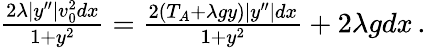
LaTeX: \begin{array}{r}{\frac{2\lambda|y^{\prime\prime}|v_{0}^{2}dx}{1+y^{2}}=\frac{2(T_{A}+\lambda gy)|y^{\prime\prime}|dx}{1+y^{2}}+2\lambda gdx\, .}\end{array}